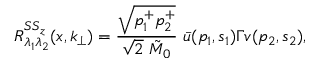
R _ { \lambda _ { 1 } \lambda _ { 2 } } ^ { S S _ { z } } ( x , k _ { \bot } ) = { \frac { \sqrt { p _ { 1 } ^ { + } p _ { 2 } ^ { + } } } { \sqrt { 2 } ~ { \tilde { M } _ { 0 } } } } ~ \bar { u } ( p _ { 1 } , s _ { 1 } ) \Gamma v ( p _ { 2 } , s _ { 2 } ) ,